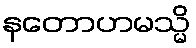
နတောဟမသ္မိ